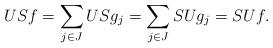
LaTeX: \begin{align*}USf=\sum_{j\in J}USg_j=\sum_{j\in J}SUg_j=SUf.\end{align*}